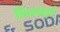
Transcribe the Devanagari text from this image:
विजयदर्प